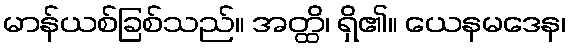
မာန်ယစ်ခြစ်သည်။ အတ္ထိ၊ ရှိ၏။ ယေနမဒေန၊